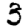
Digit: 3